Report on sanitation, dispensaries, and jails in Rajputana for 1912, and on vaccination for the year 1912-1913 - 1912-1913
Year: 1912
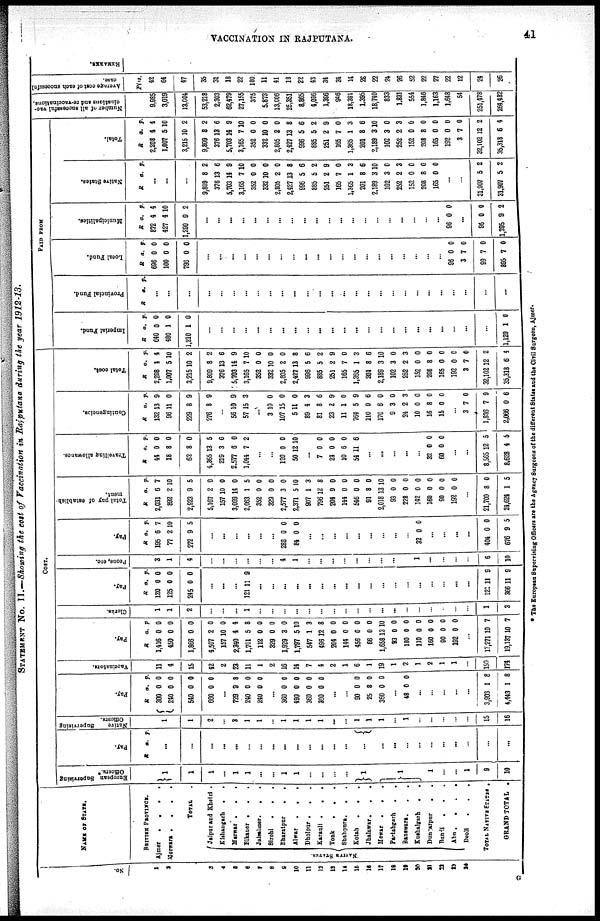
VACCINATION IN RAJPUTANA.
41
STATEMENT No. II.—Showing the cost of Vaccination in Rajputana during the year 1912-13.
No.
1
2
3
4
5
6
7
8
9
10
11
12
13
14
15
16
17
18
19
20
21
22
23
24
NAME OF STATE.
BRITISH PROVINCE.
Ajmer
.
.
.
.
Merwara .
.
.
.
TOTAL .
NATIVE STATES.
Jaipur and Khetri .
Kishangarh . .
Marwar . . .
Bikaner . . .
Jaisalmer.
.
.
Sirohi
.
.
.
Bharatpur
.
.
Alwar . . .
Dholpur . . .
Karauli .
.
.
Tonk . . .
Shahpura.
. .
Kotah
.
.
.
Jhalawar.
.
.
Mewar .
. .
Partabgarh
. .
Banswara.
. .
Kushalgarh
.
.
Dungarpur
.
.
Bundi
. . .
Abu.
.
.
.
Deoli
.
.
.
TOTAL NATIVE STATES .
GRAND TOTAL .
COST.
European Supervising
Officers.
1
1
1
...
1
1
...
...
1
1
...
...
...
...
1
1
1
...
...
1
9
10
pay.
R a. p.
...
...
...
...
...
...
...
...
...
...
...
...
...
...
...
...
...
...
...
...
...
...
...
...
...
Native
Supervising
Officers.
1
1
2
...
2
1
1
...
1
1
1
1
...
...
1
1
1
...
1
...
...
...
...
...
15
16
Pay.
R
300
240
540
660
a.
0
0
0
0
p.
0
0
0
0
...
729
240
240
9
0
0
8
0
0
...
360
490
360
300
0
0
0
0
0
0
0
0
...
...
90
25
360
0
8
0
0
0
0
...
48 0 0
...
...
...
...
...
3,903
4,443
1
1
8
8
Vaccinators.
11
4
15
42
2
23
11
1
2
16
14
7
4
2
1
6
1
19
1
2
1
2
1
1
...
159
174
Pay.
R
1,416
450
1,866
4,507
157
2,340
1,701
112
329
1,929
1,797
547
496
204
144
456
66
1,658
93
180
110
160
90
192
a.
0
0
0
2
10
4
5
0
0
3
5
1
12
0
0
0
0
13
0
0
0
0
0
0
p.
0
0
0
0
0
4
8
0
0
0
10
3
8
0
0
0
0
10
0
0
0
0
0
0
...
17,271
19,137
10
10
7
7
Clerks.
1
1
2
...
...
...
1
...
...
...
...
...
...
...
...
...
...
...
...
...
...
...
...
...
...
1
3
Pay.
R
120
125
245
a.
0
0
0
p.
0
0
0
...
...
...
121 11 9
...
...
...
...
...
...
...
...
...
...
...
...
...
...
...
...
...
...
121
366
11
11
9
9
Peons, etc.
3
1
4
...
...
...
...
...
...
4
1
...
...
...
...
...
...
...
...
...
1
...
...
...
...
6
10
Pay.
R
195
77
272
a.
6
2
9
p.
7
10
5
...
...
...
...
...
...
288
84
0
0
0
0
...
...
...
...
...
...
...
...
...
32 0 0
...
...
...
...
404
676
0
9
0
5
Total pay of establish
ment.
R
2,031
892
2,923
5,167
157
3,069
2,063
352
329
2,577
2,371
907
796
204
144
546
91
2,018
93
228
142
160
90
192
a.
6
2
9
2
10
14
1
0
0
3
5
1
12
0
0
0
8
13
0
0
0
0
0
0
p.
7
10
5
0
0
0
5
0
0
0
10
3
8
0
0
0
0
10
0
0
0
0
0
0
...
21,700
24,624
8
1
0
5
Travelling allowance.
R
44
18
62
4,365
219
2,577
1,044
a.
0
8
8
13
3
6
7
p .
0
0
0
5
6
0
2
...
...
120
50
0
12
0
10
...
7
24
10
54
0
0
6
11
0
0
0
6
...
...
...
...
...
32
60
0
0
0
0
...
...
8,565
8,628
12
4
5
5
Contingencies.
R
132
96
229
276
a.
13
11
8
8
p.
9
0
9
9
...
56
57
10
15
9
3
...
3
107
5
89
81
23
11
764
110
170
9
24
10
16
15
10
15
11
4
8
2
1
5
0
6
3
2
0
8
0
0
0
0
3
6
9
0
9
6
0
0
3
0
0
0
...
3
1,836
2,066
7
7
0
0
9
6
Total cost.
R
2,208
1,007
3,215
9,809
376
5,703
3,165
352
332
2,805
2,427
996
885
251
165
1,365
201
2,189
102
252
152
208
165
192
3
32,102
35,318
a.
4
5
10
8
13
14
7
0
10
2
13
5
5
2
7
1
8
3
3
2
0
8
0
0
7
12
6
p.
4
10
2
2
6
9
10
0
0
0
8
6
2
9
0
3
6
10
0
3
0
0
0
0
0
2
4
PAID FROM
Imperial Fund.
R
640
480
1,210
a.
0
1
1
p.
0
0
0
...
...
...
...
...
...
...
...
...
...
...
...
...
...
...
...
...
...
...
...
...
...
...
1,120 1 0
Provincial Fund.
R a. p.
...
...
...
...
...
...
...
...
...
...
...
...
...
...
...
...
...
...
...
...
...
...
...
...
...
...
...
Local Fund.
R
696
100
796
a.
0
0
0
p.
0
0
0
...
...
...
...
...
...
...
...
...
...
...
...
...
...
...
...
...
...
...
...
96
3
99
895
0
7
7
7
0
0
0
0
Municipalities.
R
872
427
1,299
a.
4
4
9
p.
4
10
2
...
...
...
...
...
...
...
...
...
...
...
...
...
...
...
...
...
...
...
...
96 0 0
...
96
1,395
0
9
0
2
Native States.
R a. p.
...
...
...
9,809
376
5,703
3,165
352
332
2,805
2,427
996
885
251
165
1,365
201
2,189
102
252
152
208
165
8
13
14
7
0
10
2
13
5
5
2
7
1
8
3
3
2
0
8
0
2
6
9
10
0
0
0
8
6
2
9
0
3
6
10
0
3
0
0
0
...
...
31,907
31,907
5
5
2
2
Total.
R
2,208
1,007
3,215
9,809
376
5,703
3,165
352
332
2,805
2,427
996
885
251
165
1,365
201
2,189
102
252
152
208
165
192
3
32,102
35,318
a.
4
5
10
8
13
14
7
0
10
2
13
5
5
2
7
1
8
3
3
2
0
8
0
0
7
12
6
p.
4
10
2
2
6
9
10
0
0
0
8
6
2
9
0
3
6
10
0
3
0
0
0
0
0
2
4
Number of all successful vac¬
cinations and re-vaccinations.
9,985
3,019
13,004
53,218
2,303
62,479
27,155
375
5,873
13,006
25,351
8,865
4,036
1,396
946
18,391
1,395
18,740
833
1,831
554
1,846
1,163
1,648
54
251,478
264,482
Average cost of each successful
case.
Pies.
42
64
47
35
31
18
22
130
11
41
18
22
43
34
34
14
28
22
24
26
52
22
27
22
12
24
26
REMARKS.
* The Europens Supervising Officers are the Agency Surgeons of the different States and the Civil Surgoen, Ajmer.
G